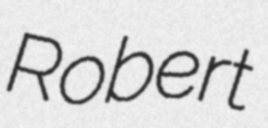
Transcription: Robert